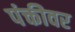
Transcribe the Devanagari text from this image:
पंक्तीवर